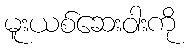
မူးယစ်ဆေးဝါးကို